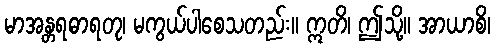
မာအန္တရဓာရတု၊ မကွယ်ပါစေသတည်း။ ဣတိ၊ ဤသို့။ အာယာစိ၊